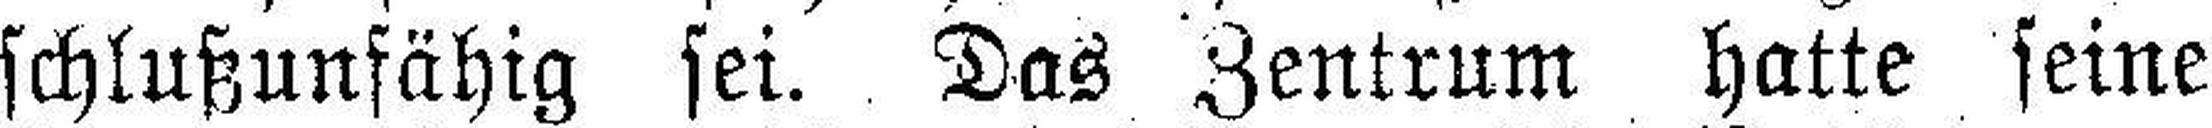
schlußunfähig sei. Das Zentrum hatte seine